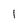
Character: 1